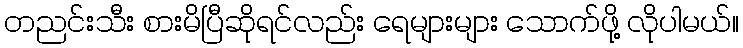
တညင်းသီး စားမိပြီဆိုရင်လည်း ရေများများ သောက်ဖို့ လိုပါမယ်။